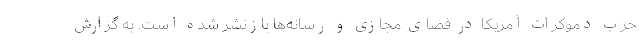
حزب دموکرات آمریکا در فضای مجازی و رسانه‌ها بازنشر شده است. به گزارش